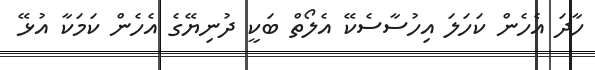
ހާދަ އެހެން ކަހަލަ އިހުސާސެކޭ އެލޯތް ބަކީ ދުނިޔޭގެ އެހެން ކަމަކާ އުޅޭ